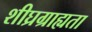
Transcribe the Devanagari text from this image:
शीघ्रग्राह्यता